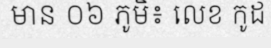
មាន ០៦ ភូមិ៖ លេខ កូដ